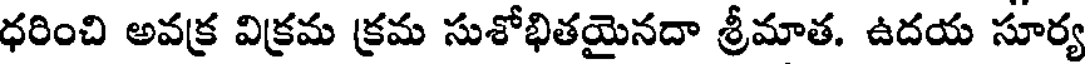
ధరించి అవక్ర విక్రమ క్రమ సుశోభితయైనదా శ్రీమాత. ఉదయ సూర్య